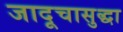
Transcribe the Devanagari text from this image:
जादूचासुद्धा